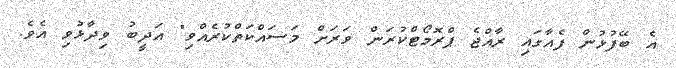
އެ ބޭފުޅުން ފެއާގައި ރާއްޖެ ޕްރޮމޯޓްކުރަން ވަރަށް މަސައްކަތްކުރެއްވި" އަދީބު ވިދާޅުވި އެވެ.